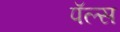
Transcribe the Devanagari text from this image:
पॅल्स